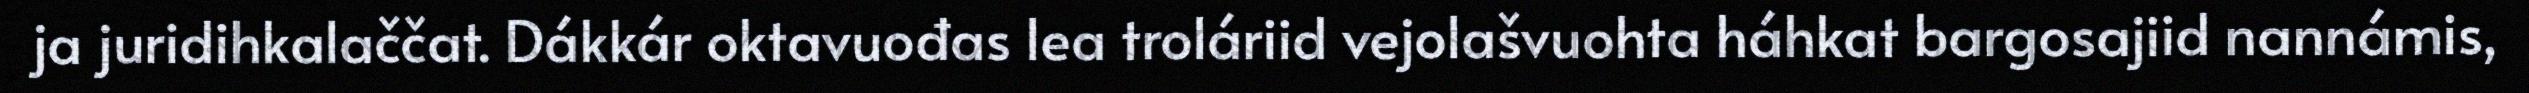
ja juridihkalaččat. Dákkár oktavuođas lea troláriid vejolašvuohta háhkat bargosajiid nannámis,